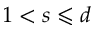
1 < s \leqslant d